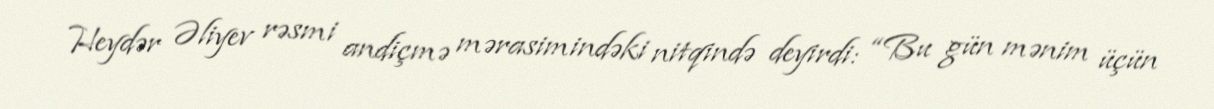
Heydər Əliyev rəsmi andiçmə mərasimindəki nitqində deyirdi: “Bu gün mənim üçün